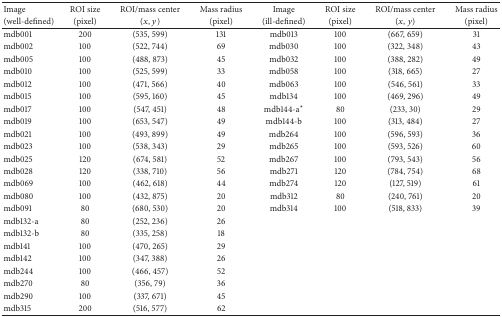
<table><thead><tr><td><b> Image </b></td><td><b> ROI size </b></td><td><b> ROI/mass center </b></td><td><b> Mass radius </b></td><td><b>Image </b></td><td><b> ROI size </b></td><td><b> ROI/mass center </b></td><td><b> Mass radius</b></td></tr><tr><td><b>(well-defined)</b></td><td><b>(pixel)</b></td><td><b>(<i>x</i>, <i>y</i>)</b></td><td><b>(pixel)</b></td><td><b>(ill-defined)</b></td><td><b>(pixel)</b></td><td><b>(<i>x</i>, <i>y</i>)</b></td><td><b>(pixel) </b></td></tr></thead><tbody><tr><td> mdb001 </td><td> 200 </td><td> (535, 599)</td><td> 131 </td><td> mdb013 </td><td> 100 </td><td> (667, 659) </td><td>31 </td></tr><tr><td> mdb002 </td><td> 100 </td><td> (522, 744) </td><td> 69 </td><td> mdb030 </td><td> 100 </td><td> (322, 348) </td><td>43 </td></tr><tr><td> mdb005 </td><td> 100 </td><td> (488, 873) </td><td> 45 </td><td> mdb032 </td><td> 100 </td><td> (388, 282) </td><td>49 </td></tr><tr><td> mdb010 </td><td> 100 </td><td> (525, 599) </td><td> 33 </td><td> mdb058 </td><td> 100 </td><td> (318, 665) </td><td>27 </td></tr><tr><td> mdb012 </td><td> 100 </td><td> (471, 566) </td><td> 40 </td><td> mdb063 </td><td> 100 </td><td> (546, 561) </td><td>33 </td></tr><tr><td> mdb015 </td><td> 100 </td><td> (595, 160) </td><td> 45 </td><td> mdb134 </td><td> 100 </td><td> (469, 296) </td><td>49 </td></tr><tr><td> mdb017 </td><td> 100 </td><td> (547, 451) </td><td> 48 </td><td> mdb144-a<sup>*</sup></td><td> 80 </td><td> (233, 30) </td><td>29 </td></tr><tr><td> mdb019 </td><td> 100 </td><td> (653, 547) </td><td> 49 </td><td> mdb144-b </td><td> 100</td><td> (313, 484) </td><td>27 </td></tr><tr><td> mdb021 </td><td> 100 </td><td> (493, 899) </td><td> 49 </td><td> mdb264 </td><td> 100 </td><td> (596, 593) </td><td>36 </td></tr><tr><td> mdb023 </td><td> 100 </td><td> (538, 343) </td><td> 29 </td><td> mdb265 </td><td> 100 </td><td> (593, 526) </td><td>60 </td></tr><tr><td> mdb025 </td><td> 120 </td><td> (674, 581) </td><td> 52 </td><td> mdb267 </td><td> 100 </td><td> (793, 543) </td><td>56 </td></tr><tr><td> mdb028 </td><td> 120 </td><td> (338, 710) </td><td> 56 </td><td> mdb271 </td><td> 120 </td><td> (784, 754) </td><td>68 </td></tr><tr><td> mdb069 </td><td> 100 </td><td> (462, 618) </td><td> 44 </td><td> mdb274 </td><td> 120 </td><td> (127, 519) </td><td>61 </td></tr><tr><td> mdb080 </td><td> 100 </td><td> (432, 875) </td><td> 20 </td><td> mdb312 </td><td> 80 </td><td> (240, 761) </td><td>20 </td></tr><tr><td> mdb091 </td><td> 80 </td><td> (680, 530) </td><td> 20 </td><td> mdb314 </td><td> 100 </td><td> (518, 833) </td><td>39 </td></tr><tr><td> mdb132-a </td><td> 80 </td><td> (252, 236) </td><td> 26 </td><td> </td><td> </td><td> </td><td> </td></tr><tr><td> mdb132-b </td><td> 80 </td><td> (335, 258) </td><td> 18 </td><td> </td><td> </td><td> </td><td> </td></tr><tr><td> mdb141 </td><td> 100 </td><td> (470, 265) </td><td> 29 </td><td> </td><td> </td><td> </td><td> </td></tr><tr><td> mdb142 </td><td> 100 </td><td> (347, 388) </td><td> 26 </td><td> </td><td> </td><td> </td><td> </td></tr><tr><td> mdb244 </td><td> 100 </td><td> (466, 457) </td><td> 52 </td><td> </td><td> </td><td> </td><td> </td></tr><tr><td> mdb270 </td><td> 80 </td><td> (356, 79) </td><td> 36 </td><td> </td><td> </td><td> </td><td> </td></tr><tr><td> mdb290 </td><td> 100 </td><td> (337, 671) </td><td> 45 </td><td> </td><td> </td><td> </td><td> </td></tr><tr><td> mdb315 </td><td> 200 </td><td> (516, 577) </td><td> 62 </td><td> </td><td> </td><td> </td><td> </td></tr></tbody></table>